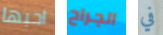
احبها الجراح في